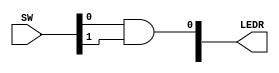
module TopLevel (
    input [9:0] SW,
    output [9:0] LEDR
);

reg result;

assign LEDR[0] = result;

always @(SW[0]) begin
    result = SW[0] & SW[1];
end 
    
endmodule